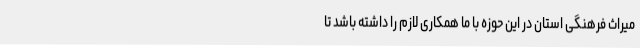
میراث فرهنگی استان در این حوزه با ما همکاری لازم را داشته باشد تا